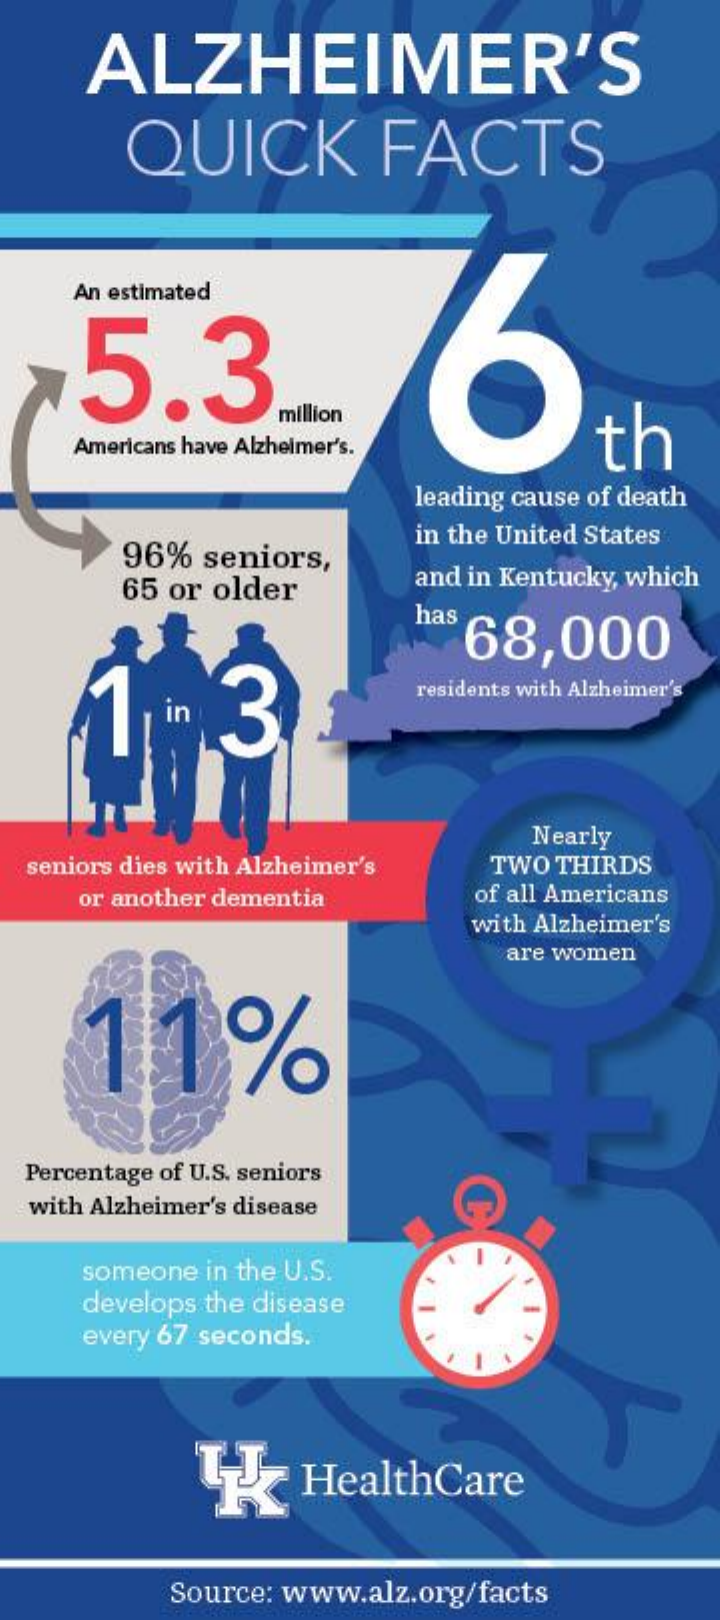
ALZHEIMER'S
     QUICK    FACTS
     An estimated
     5.3
     million
     th Americans have Alzheimer's.
     leading cause of death
     96%  seniors,
     in the United States
     65 or older    and in Kentucky, which
     has
     68,000
     in 3
     residents with Alzheimer's
     Nearly
  seniors dies with Alzheimer's TWO THIRDS
     or another dementia   of all Americans
     with Alzheimer's
     are women
     11%
  Percentage of U.S. seniors
  with Alzheimer's disease
     someone in the U.S.
     develops the disease
     every 67 seconds.
     HealthCare
     Source: www.alz.org/facts